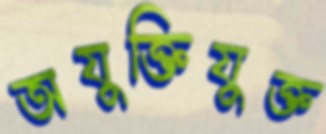
অযুক্তিযুক্ত